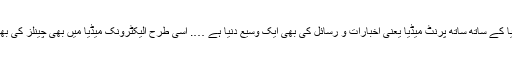
سوشل میڈیا کے ساتھ ساتھ پرنٹ میڈیا یعنی اخبارات و رسائل کی بھی ایک وسیع دنیا ہے …. اسی طرح الیکٹرونک میڈیا میں بھی چینلز کی بھر مار ہے۔